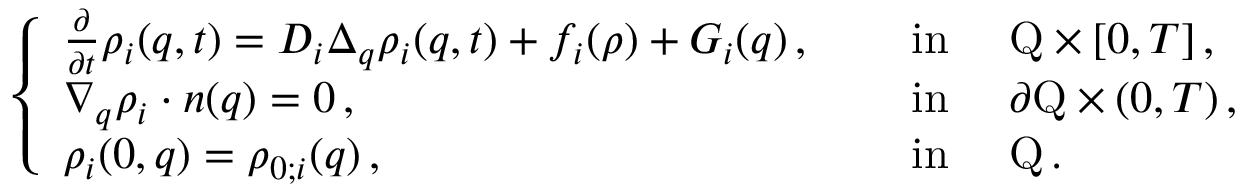
\left\{ \begin{array} { l l } { \frac { \partial } { \partial t } \rho _ { i } ( q , t ) = D _ { i } \Delta _ { q } \rho _ { i } ( q , t ) + f _ { i } ( \rho ) + G _ { i } ( q ) \, , } & { \quad \mathrm { ~ i n ~ } \quad \mathrm { Q } \times [ 0 , T ] \, , } \\ { \nabla _ { q } \rho _ { i } \cdot n ( q ) = 0 \, , } & { \quad \mathrm { ~ i n ~ } \quad \partial \mathrm { Q } \times ( 0 , T ) \, , } \\ { \rho _ { i } ( 0 , q ) = \rho _ { 0 ; i } ( q ) \, , } & { \quad \mathrm { ~ i n ~ } \quad \mathrm { Q } \, . } \end{array} \right.